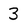
Character: 3